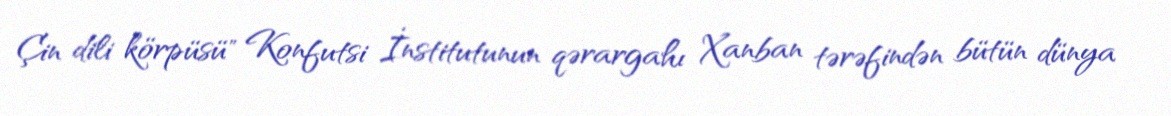
Çin dili körpüsü" Konfutsi İnstitutunun qərargahı Xanban tərəfindən bütün dünya